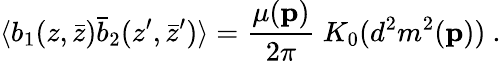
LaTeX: \langle b_{1}(z,\bar{z})\bar{b}_{2}(z^{\prime},\bar{z}^{\prime})\rangle={\frac{\mu({\mathbf p})}{2\pi}}~K_{0}(d^{2}m^{2}({\mathbf p}))~.